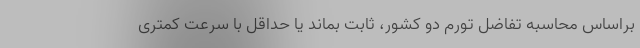
براساس محاسبه تفاضل تورم دو کشور، ثابت بماند یا حداقل با سرعت کمتری